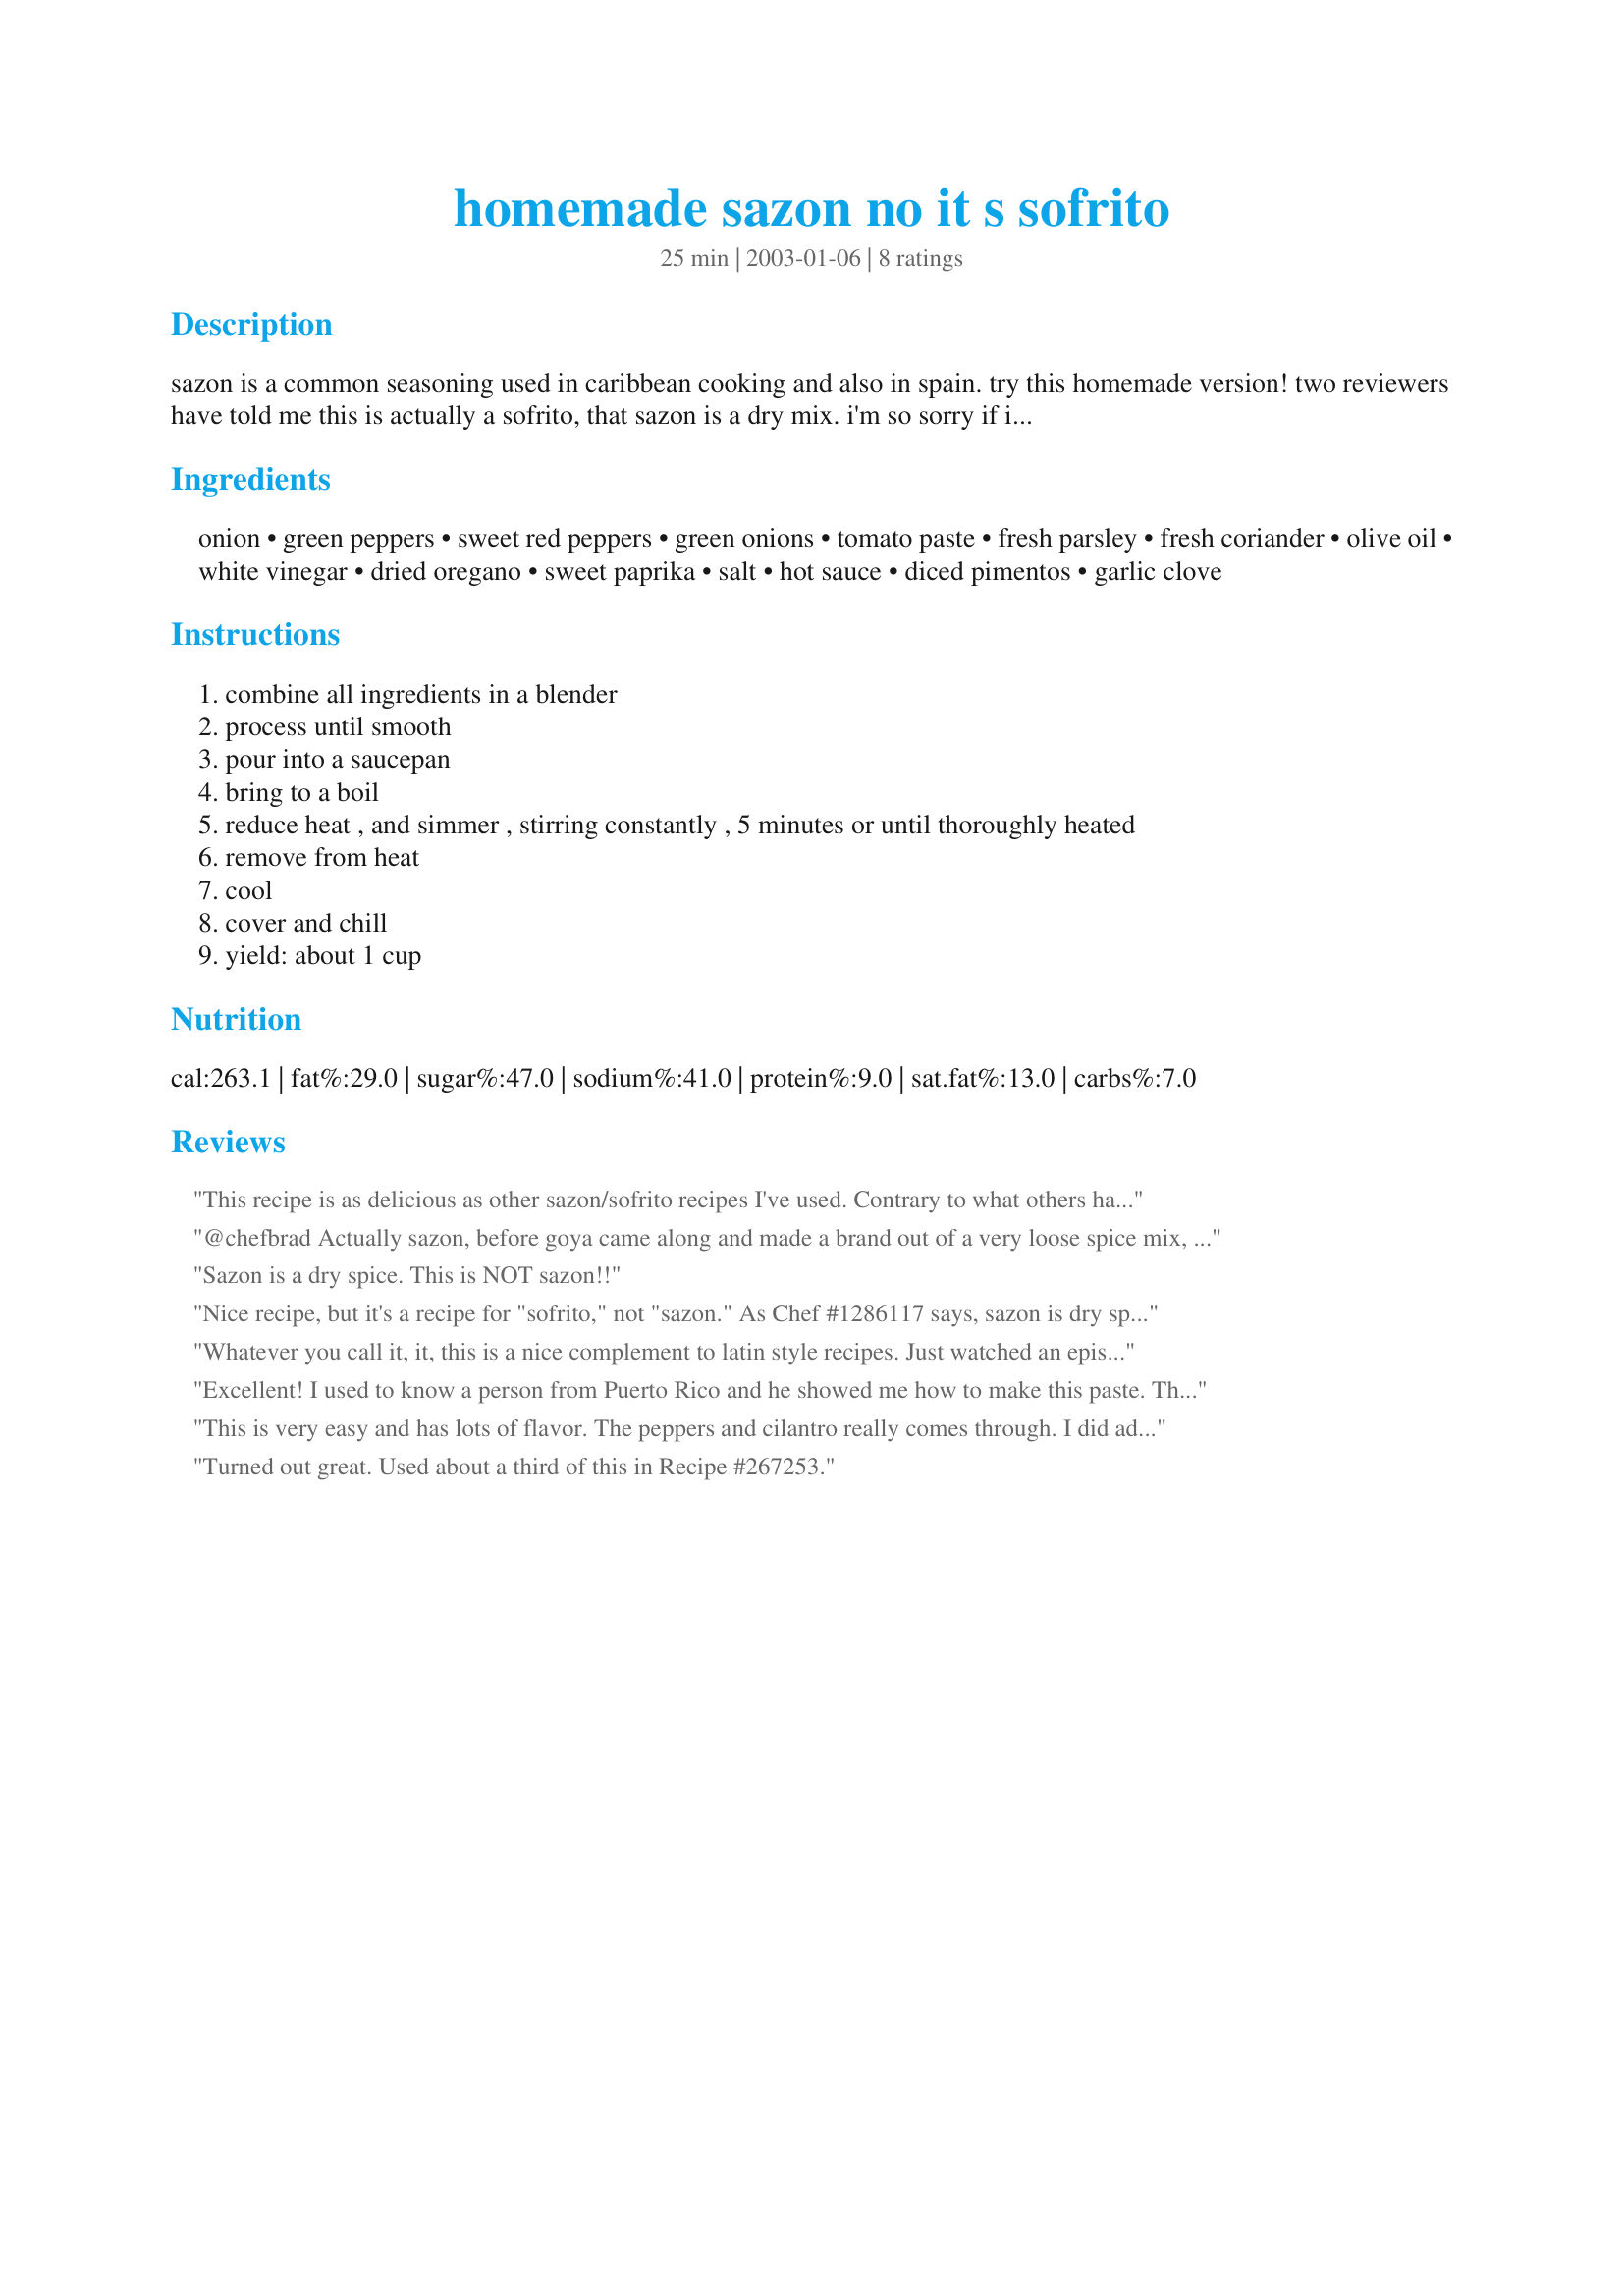
homemade sazon no it s sofrito
Preparation time: 25 minutes

sazon is a common seasoning used in caribbean cooking and also in spain. try this homemade version! two reviewers have told me this is actually a sofrito, that sazon is a dry mix. i'm so sorry if i have offended anyone. i don't remember where i got this(some magazine long ago), so they were misinformed. i do hope you enjoy it anyway!

Ingredients:
onion, green peppers, sweet red peppers, green onions, tomato paste, fresh parsley, fresh coriander, olive oil, white vinegar, dried oregano, sweet paprika, salt, hot sauce, diced pimentos, garlic clove

Steps:
combine all ingredients in a blender
process until smooth
pour into a saucepan
bring to a boil
reduce heat , and simmer , stirring constantly , 5 minutes or until thoroughly heated
remove from heat
cool
cover and chill
yield: about 1 cup

Reviews:
This recipe is as delicious as other sazon/sofrito recipes I've used. Contrary to what others have remarked, there are references online that refer to sazon as being both a wet mix of slow cooked vegetables used as a base in many dishes (sazon preparado) and as a dry blend of seasonings used to season meats, vegetables, soups, and stews. In Dominican cuisine sofrito is also called sazon - a prepared seasoning (not to be confused with Puerto Rican sazon - a seasoning salt). Both recipe types can be found at:
http://www.bigoven.com/private/sazon+seasoning-recipe
Enjoy!
@chefbrad
Actually sazon, before goya came along and made a brand out of a very loose spice mix, meant nothing but its literal translation "season". People that arent to familiar with its history in carribean/hispanic cooking think its an actual recipe, but its very loose. It can mean any kind of seasoning.

Goya sazon does add kick but people dont realize that it is nothing more than slightly altered seasoning salt with annato. Contrary to what people may say it doesnt do wonders to an already bad dish. Its over hyped, esp. by young hispanics, because its thought of as a rare ethnic ingredient.
Sazon is a dry spice. This is NOT sazon!!
Nice recipe, but it's a recipe for "sofrito," not "sazon." As Chef #1286117 says, sazon is dry spice mix, basically seasoning salt. No Puerto Rican would call this sazon. Here's a more accurate recipe for homemade sazon: http://www.whats4eats.com/sauces/sazon-recipe
Whatever you call it, it, this is a nice complement to latin style recipes. Just watched an episode of Paula Deen where it was called sazon, too. This was the type of product they used, and it seems to have worked well in the recipe, I am cooking right now. I believe that I will find other uses for it and probably would make it regularly.
Excellent! I used to know a person from Puerto Rico and he showed me how to make this paste. Then he added with white rice, smalled chopped ham and some corn. It was delicious. Than you for posting it.
This is very easy and has lots of flavor. The peppers and cilantro really comes through. I did add this to white rice as posted in the picture here and made soup with it. This gives lots of flavor and color to whatever you add it to.
Turned out great. Used about a third of this in Recipe #267253.
